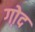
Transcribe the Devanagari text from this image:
गो़द